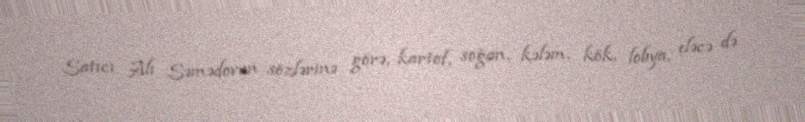
Satıcı Alı Səmədovun sözlərinə görə, kartof, soğan, kələm, kök, lobya, eləcə də